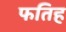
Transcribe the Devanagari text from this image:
फतिह